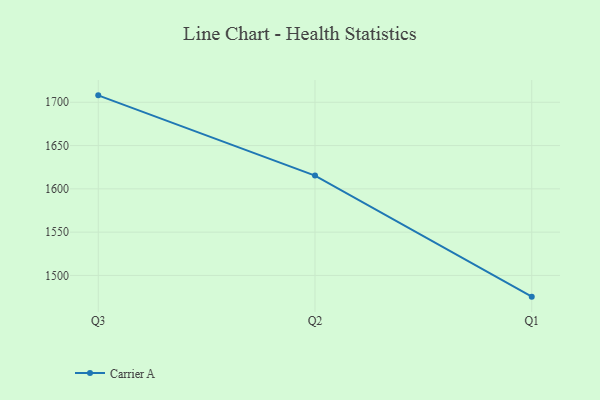
{"axis": {"x": "Quarter", "y": "Market Share (%)"}, "legend": ["Carrier A"], "data": [{"x": "Q3", "y": 1708.0, "type": "Carrier A"}, {"x": "Q2", "y": 1615.3, "type": "Carrier A"}, {"x": "Q1", "y": 1475.5, "type": "Carrier A"}]}